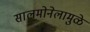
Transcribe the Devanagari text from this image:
सालमोनेलामुळे